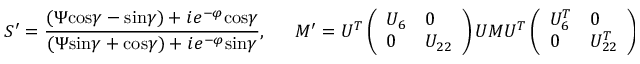
S ^ { \prime } = { \frac { ( \Psi \mathrm { c o s } \gamma - \mathrm { s i n } \gamma ) + i e ^ { - \varphi } \mathrm { c o s } \gamma } { ( \Psi \mathrm { s i n } \gamma + \mathrm { c o s } \gamma ) + i e ^ { - \varphi } \mathrm { s i n } \gamma } } , \ \ \ \ \ \ \ M ^ { \prime } = { \cal U } ^ { T } \left( \begin{array} { l l } { { U _ { 6 } } } & { { 0 } } \\ { { 0 } } & { { U _ { 2 2 } } } \end{array} \right) { \cal U } M { \cal U } ^ { T } \left( \begin{array} { l l } { { U _ { 6 } ^ { T } } } & { { 0 } } \\ { { 0 } } & { { U _ { 2 2 } ^ { T } } } \end{array} \right) { \cal U } ,